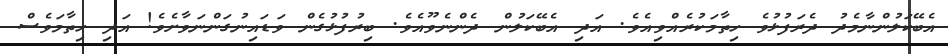
އެބޭކަލުންނާމެދު ދެރަފުޅުވެ ހިތާމަކުރެއްވިއެވެ. އަދި އެބޭކަލުން ދެންނެވޫއެވެ. ބިރުފުޅުގެން ވަޑައިނުގަންނަވާށެވެ! އަދި ހިތާމަވެސް